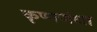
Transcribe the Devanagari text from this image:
कृष्णजंधा